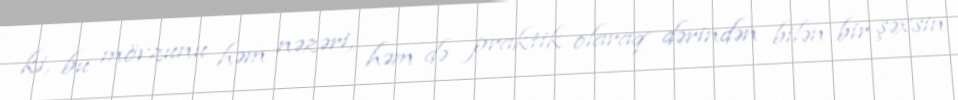
ki, bu mövzunu həm nəzəri, həm də praktik olaraq dərindən bilən bir şəxsin